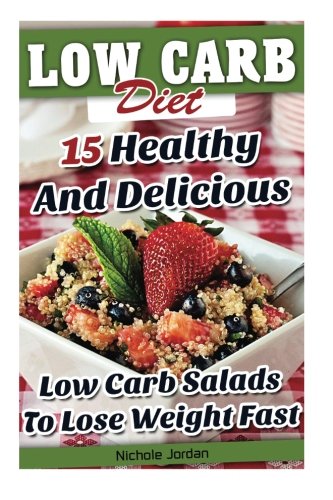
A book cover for Low Carb Diet: 15 Healthy And Delicious Low Carb Salads To Lose Weight Fast: (low carbohydrate, high protein, low carbohydrate foods, low carb, low ... Ketogenic Diet to Overcome Belly Fat); Nichole Jordan; Cookbooks, Food & Wine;